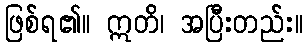
ဖြစ်ရ၏။ ဣတိ၊ အပြီးတည်း။